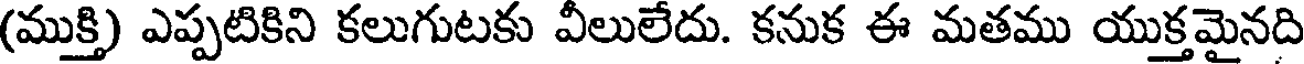
(ముక్తి) ఎప్పటికిని కలుగుటకు వీలులేదు. కనుక ఈ మతము యుక్తమైనది